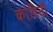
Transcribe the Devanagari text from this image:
कांडिनी